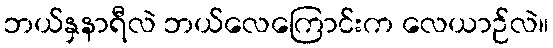
ဘယ်နှနာရီလဲ ဘယ်လေကြောင်းက လေယာဉ်လဲ။